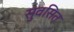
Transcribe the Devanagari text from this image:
सुवसित